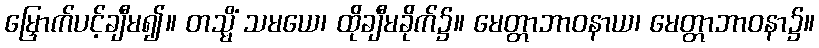
မြှောက်ပင့်ချီမ၍။ တသ္မိံ သမယေ၊ ထိုချီမခိုက်၌။ မေတ္တာဘာဝနာယ၊ မေတ္တာဘာဝနာ၌။